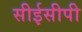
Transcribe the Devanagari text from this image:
सीईसीपी